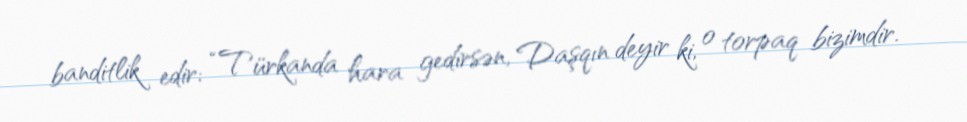
banditlik edir: “Türkanda hara gedirsən, Daşqın deyir ki, o torpaq bizimdir.